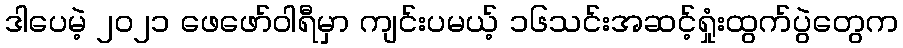
ဒါပေမဲ့ ၂၀၂၁ ဖေဖော်ဝါရီမှာ ကျင်းပမယ့် ၁၆သင်းအဆင့်ရှုံးထွက်ပွဲတွေက